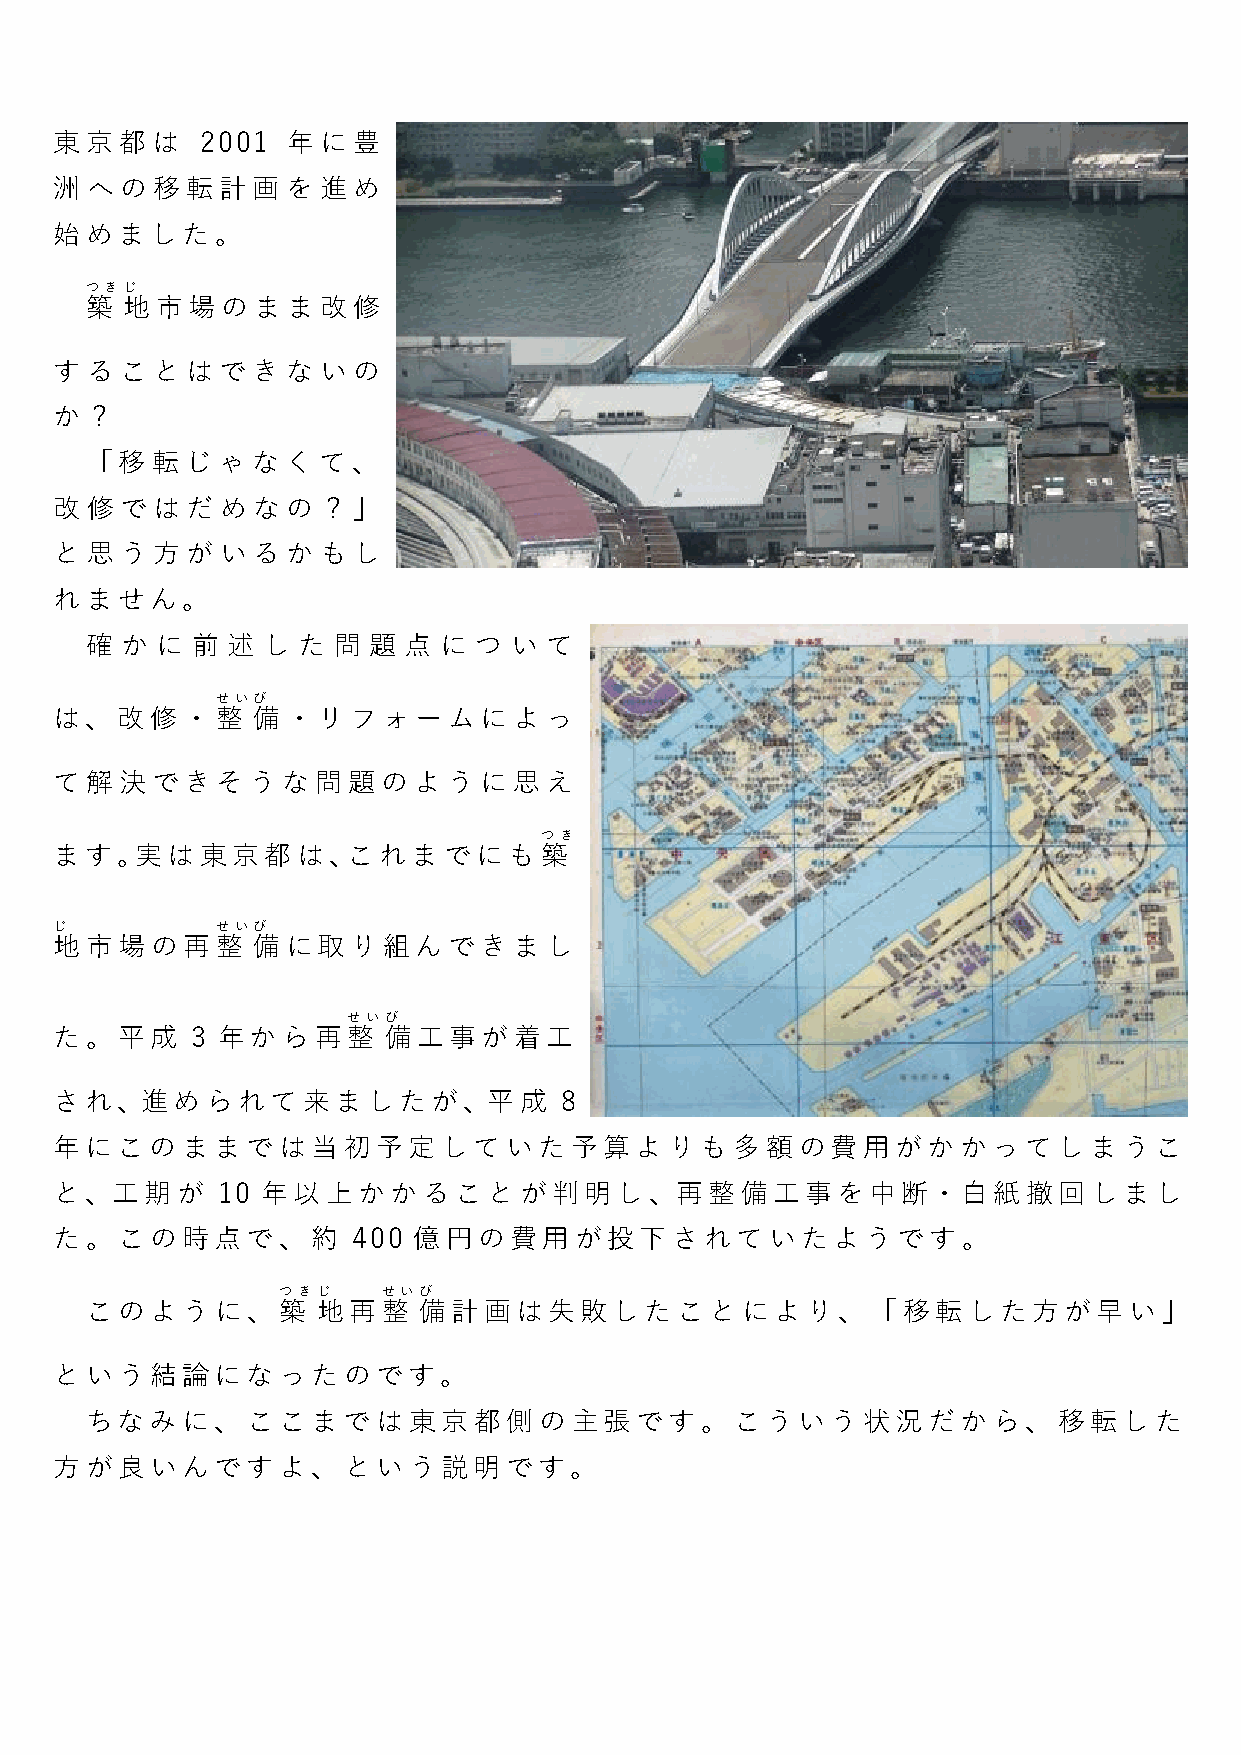
東京都は     2001  年に豊
 洲へ  の 移転計画     を進  め
 始めました。
 つきじ
 築 地市場のまま改修
 することはでき        な いの
 か？
 「移  転じ  ゃ  なく  て、
 改修  ではだめな      の？」
 と思  う方がい     る かもし
 れません。
 確 か に  前 述 し  た 問 題  点 に つ  い て
 せいび
 は、改修・整       備・リフォームによっ
 て解決できそうな問題のように思え
 つき
 ます。実は東京都は、これまでにも築
 じ         せいび
 地市場の再整       備に取り組んできまし
 せいび
 た。平成     3 年から再整     備工事が着工
 され、進められて来ましたが、平成                 8
 年にこのままでは当初予定していた予算よりも多額                          の費用がかかってしまうこ
 と、工期が     10 年以上かかることが判明し、再整備工事を中断・白紙撤回しまし
 た。この時点で、約          400 億円の費用が投下されていたようです。
 つきじ    せいび
 このように、築        地再整    備計画は失敗したことにより、「移転した方が早い」
 という結論になったのです。
 ちなみに、ここまでは東京都側の主張です。こういう状況だから、移転した
 方が良いんですよ、という説明です。